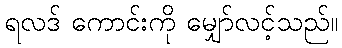
ရလဒ် ကောင်းကို မျှော်လင့်သည်။